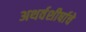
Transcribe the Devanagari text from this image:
अथर्वशीर्षाचे